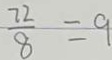
\frac { 7 2 } { 8 } = 9